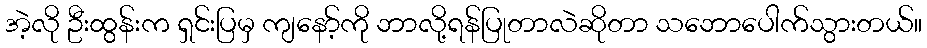
အဲ့လို ဦးထွန်းက ရှင်းပြမှ ကျနော့်ကို ဘာလို့ရန်ပြုတာလဲဆိုတာ သဘောပေါက်သွားတယ်။